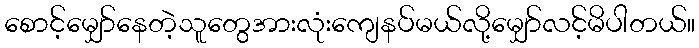
စောင့်မျှော်နေတဲ့သူတွေအားလုံးကျေနပ်မယ်လို့မျှော်လင့်မိပါတယ်။